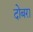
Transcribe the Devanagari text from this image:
दोबरा